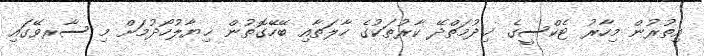
އިތުރުން މިހާރު ޓެކްސީގެ ޚިދުމަތްދޭ ކާރުތަކުގެ ހާލަތާއި ބޭހޭގޮތުން ޚިޔާލުހޯދުމަށް މި ސާރވޭގައި